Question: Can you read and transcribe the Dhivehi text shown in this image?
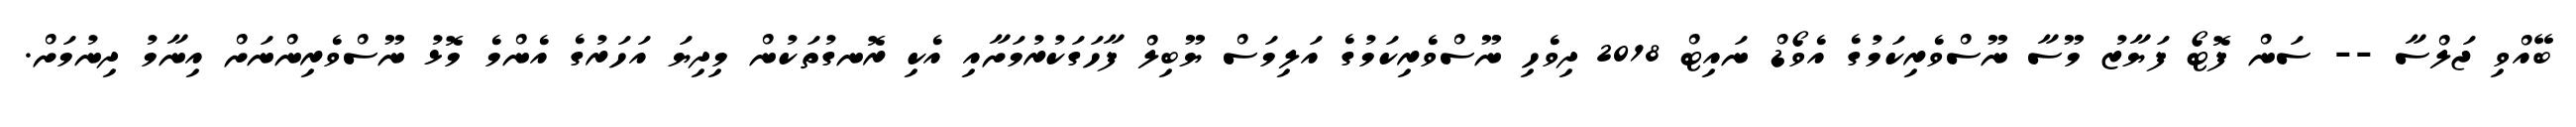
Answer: ބޭއްވި ޖަލްސާ -- ސަން ފޮޓޯ ފަޔާޒު މޫސާ ނޫސްވެރިކަމުގެ އެވޯޑް ނައިޓް 2018 ދިވެހި ނޫސްވެރިކަމުގެ އަލިމަސް ޔޫބިލް ފާހަގަކުރުމަށާއި އެކި ރޮނގުތަކުން މިދިޔަ އަހަރުގެ އެންމެ މޮޅު ނޫސްވެރިންނަށް އިނާމު ދިނުމަށް.